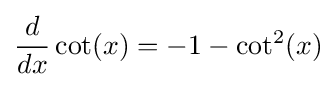
{\frac {d}{dx}}\cot(x)=-1-\cot ^{2}(x)